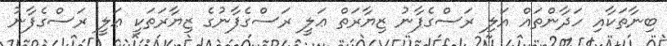
ބިނާތަކާއި ހަދާންތައް އަލި ރަސްގެފާނު ޒިޔާރަތް ޢަލީ ރަސްގެފާނުގެ ޒިޔާރަތަކީ ޢަލީ ރަސްގެފާނު